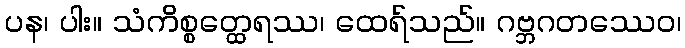
ပန၊ ပါး။ သံကိစ္စတ္ထေရဿ၊ ထေရ်သည်။ ဂဗ္ဘဂတဿေဝ၊